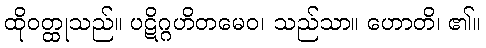
ထိုဝတ္ထုသည်။ ပဋိဂ္ဂဟိတမေဝ၊ သည်သာ။ ဟောတိ၊ ၏။